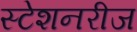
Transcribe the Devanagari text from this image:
स्टेशनरीज